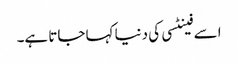
اسے فینٹسی کی دنیا کہا جاتا ہے۔